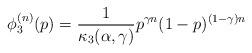
LaTeX: \begin{align*}\phi_3^{(n)}(p) = \frac{1}{\kappa_3(\alpha,\gamma)} p^{\gamma n} (1-p)^{(1-\gamma)n}\end{align*}